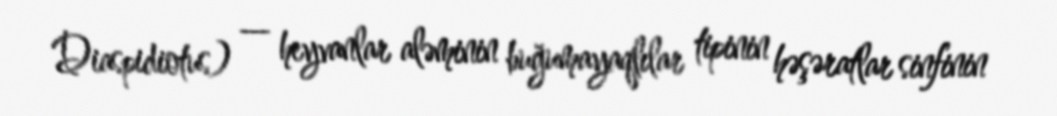
Diaspidiotus) — heyvanlar aləminin buğumayaqlılar tipinin həşəratlar sinfinin